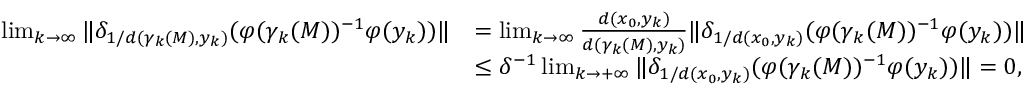
\begin{array} { r l } { \operatorname* { l i m } _ { k \to \infty } \| \delta _ { 1 / d ( \gamma _ { k } ( M ) , y _ { k } ) } ( \varphi ( \gamma _ { k } ( M ) ) ^ { - 1 } \varphi ( y _ { k } ) ) \| } & { = \operatorname* { l i m } _ { k \to \infty } \frac { d ( x _ { 0 } , y _ { k } ) } { d ( \gamma _ { k } ( M ) , y _ { k } ) } \| \delta _ { 1 / d ( x _ { 0 } , y _ { k } ) } ( \varphi ( \gamma _ { k } ( M ) ) ^ { - 1 } \varphi ( y _ { k } ) ) \| } \\ & { \leq \delta ^ { - 1 } \operatorname* { l i m } _ { k \to + \infty } \| \delta _ { 1 / d ( x _ { 0 } , y _ { k } ) } ( \varphi ( \gamma _ { k } ( M ) ) ^ { - 1 } \varphi ( y _ { k } ) ) \| = 0 , } \end{array}